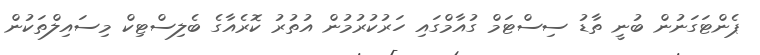
ޕެންޓަގަނުން ބުނީ ތާޑު ސިސްޓަމް ގުއާމްގައި ހަރުކުރުމުން އުތުރު ކޮރެއާގެ ބެލިސްޓިކް މިސައިލްތަކުން